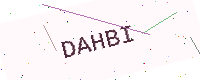
Text: DAHBI